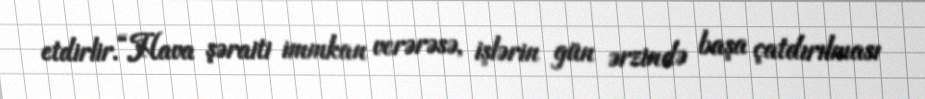
etdirlir.“Hava şəraiti immkan verərəsə, işlərin gün ərzində başa çatdırılması